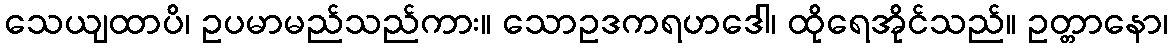
သေယျထာပိ၊ ဥပမာမည်သည်ကား။ သောဥဒကရဟဒေါ၊ ထိုရေအိုင်သည်။ ဥတ္တာနော၊